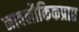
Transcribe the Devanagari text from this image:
नावलौकिकप्राप्त